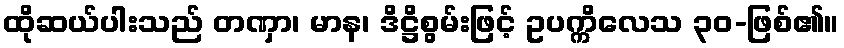
ထိုဆယ်ပါးသည် တဏှာ၊ မာန၊ ဒိဋ္ဌိစွမ်းဖြင့် ဥပက္ကိလေသ ၃၀-ဖြစ်၏။